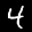
Label: 4